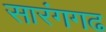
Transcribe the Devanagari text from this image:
सारंगगढ